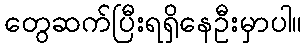
တွေဆက်ပြီးရရှိနေဦးမှာပါ။